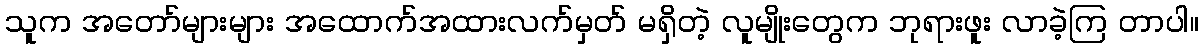
သူက အတော်များများ အထောက်အထားလက်မှတ် မရှိတဲ့ လူမျိုးတွေက ဘုရားဖူး လာခဲ့ကြ တာပါ။